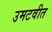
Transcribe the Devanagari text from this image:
उमटवीत